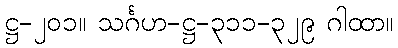
ဋ္ဌ-၂၀၁။ သင်္ဂဟ-ဋ္ဌ-၃၁၁-၃၂၉ ဂါထာ။